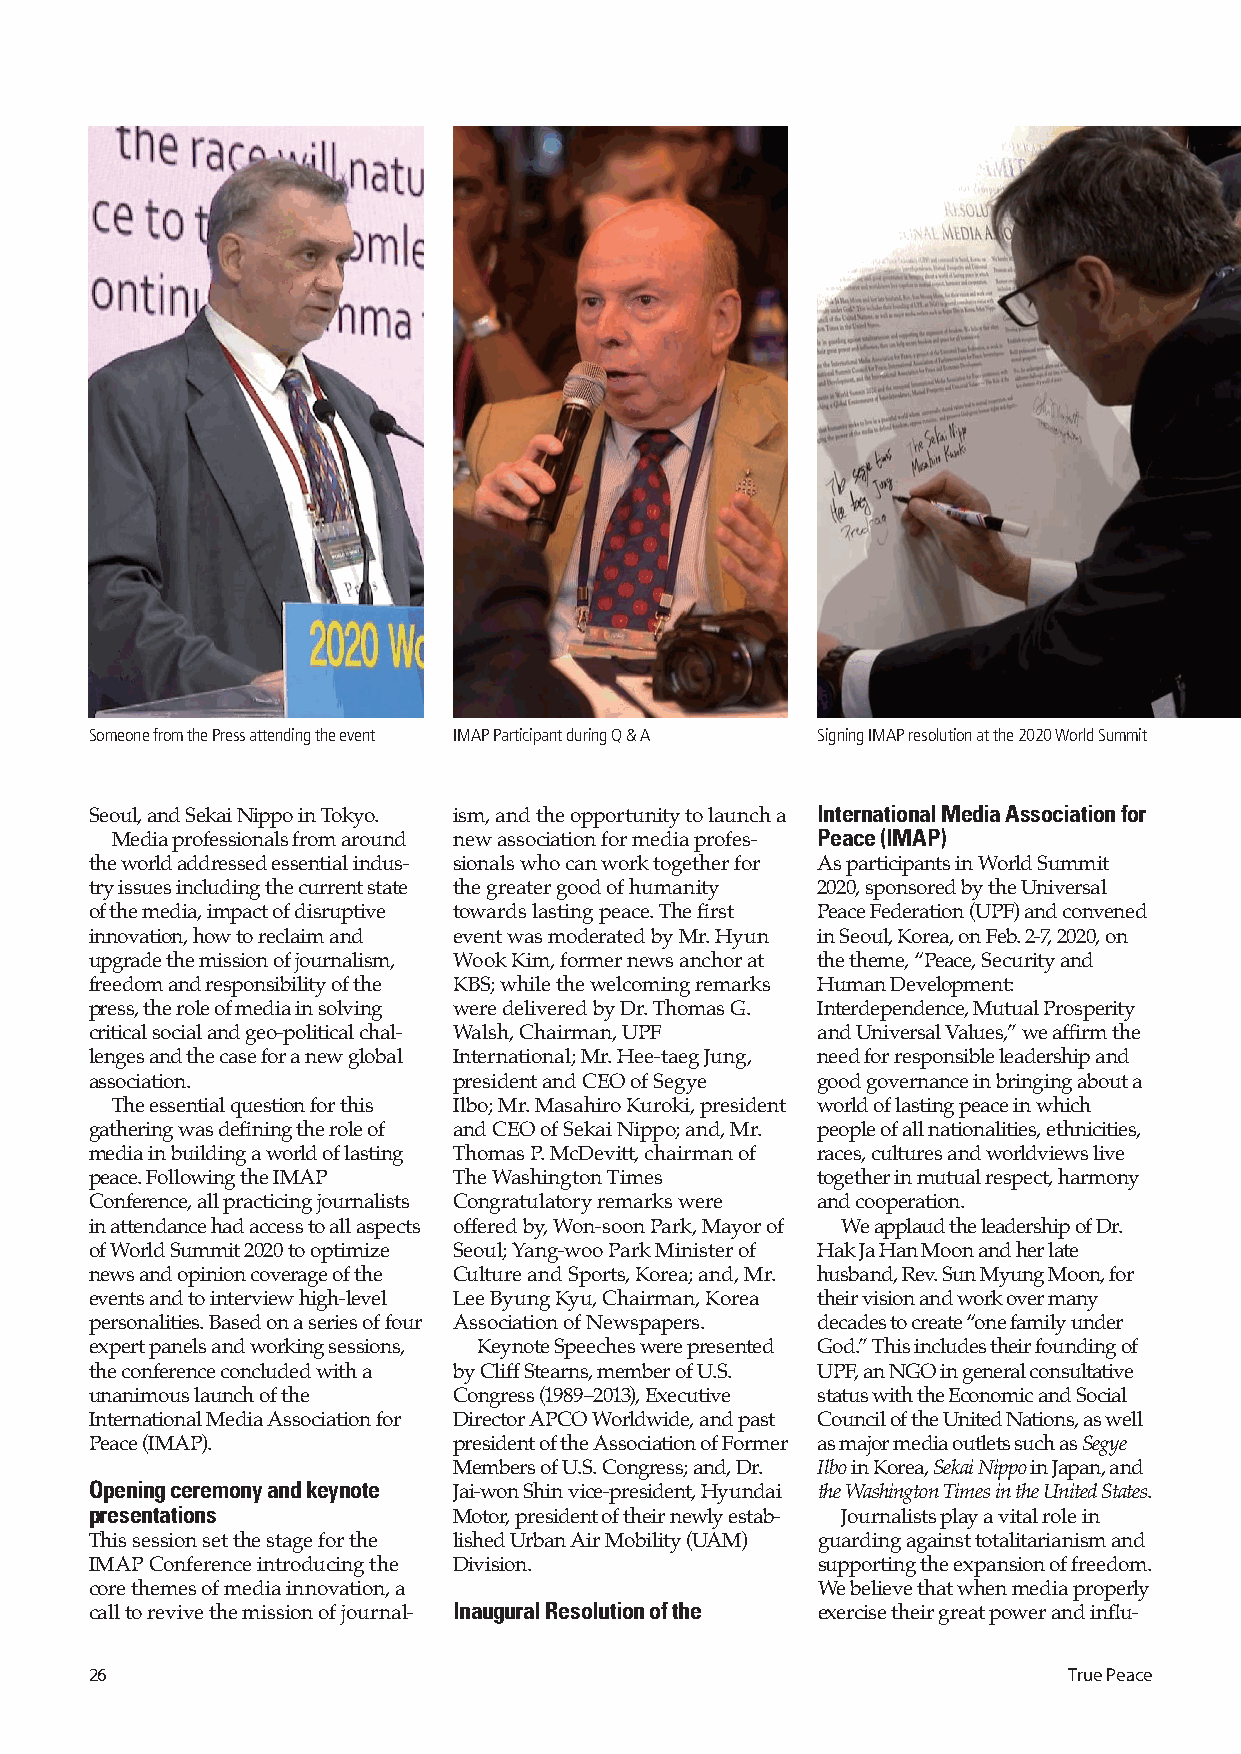
Someone from the Press attending the event IMAP Participant during Q & A Signing IMAP resolution at the 2020 World Summit
 International Media Association for
 Seoul, and Sekai Nippo in Tokyo. ism, and the opportunity to launch a
 Peace (IMAP)
 Media professionals from around new association for media profes-
 the world addressed essential indus- sionals who can work together for As participants in World Summit
 try issues including the current state the greater good of humanity 2020, sponsored by the Universal
 of the media, impact of disruptive towards lasting peace. The first Peace Federation (UPF) and convened
 innovation, how to reclaim and event was moderated by Mr. Hyun in Seoul, Korea, on Feb. 2-7, 2020, on
 upgrade the mission of journalism, Wook Kim, former news anchor at the theme, “Peace, Security and
 freedom and responsibility of the KBS; while the welcoming remarks Human Development:
 press, the role of media in solving were delivered by Dr. Thomas G. Interdependence, Mutual Prosperity
 critical social and geo-political chal- Walsh, Chairman, UPF and Universal Values,” we affirm the
 lenges and the case for a new global International; Mr. Hee-taeg Jung, need for responsible leadership and
 association.            president and CEO of Segye good governance in bringing about a
 The essential question for this Ilbo; Mr. Masahiro Kuroki, president world of lasting peace in which
 gathering was defining the role of and CEO of Sekai Nippo; and, Mr. people of all nationalities, ethnicities,
 media in building a world of lasting Thomas P. McDevitt, chairman of races, cultures and worldviews live
 peace. Following the IMAP The Washington Times  together in mutual respect, harmony
 Conference, all practicing journalists Congratulatory remarks were and cooperation.
 in attendance had access to all aspects offered by, Won-soon Park, Mayor of We applaud the leadership of Dr.
 of World Summit 2020 to optimize Seoul; Yang-woo Park Minister of Hak Ja Han Moon and her late
 news and opinion coverage of the Culture and Sports, Korea; and, Mr. husband, Rev. Sun Myung Moon, for
 events and to interview high-level Lee Byung Kyu, Chairman, Korea their vision and work over many
 personalities. Based on a series of four Association of Newspapers. decades to create “one family under
 expert panels and working sessions, Keynote Speeches were presented God.” This includes their founding of
 the conference concluded with a by Cliff Stearns, member of U.S. UPF, an NGO in general consultative
 unanimous launch of the Congress (1989–2013), Executive status with the Economic and Social
 International Media Association for Director APCO Worldwide, and past Council of the United Nations, as well
 Peace (IMAP).           president of the Association of Former as major media outlets such as Segye
 Members of U.S. Congress; and, Dr. Ilbo in Korea, Sekai Nippo in Japan, and
 Opening ceremony and keynote
 Jai-won Shin vice-president, Hyundai the Washington Times in the United States.
 presentations
 Motor, president of their newly estab- Journalists play a vital role in
 This session set the stage for the lished Urban Air Mobility (UAM) guarding against totalitarianism and
 IMAP Conference introducing the Division.       supporting the expansion of freedom.
 core themes of media innovation, a              We believe that when media properly
 Inaugural Resolution of the
 call to revive the mission of journal-          exercise their great power and influ-
 26                                                               True Peace